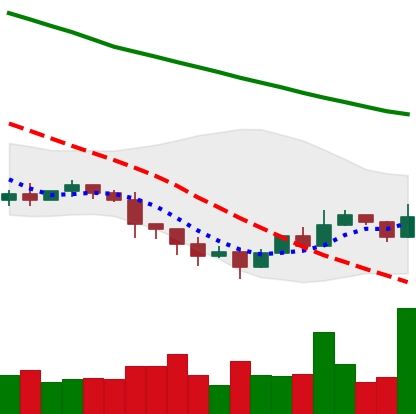
Ticker: ETC-USD
Chart end date: 2022-01-18
Forward return: -23.316%
Label: down_7plus